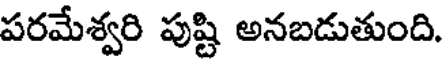
పరమేశ్వరి పుష్టి అనబడుతుంది.